Scottish Leaving Certificate Examination, 1961
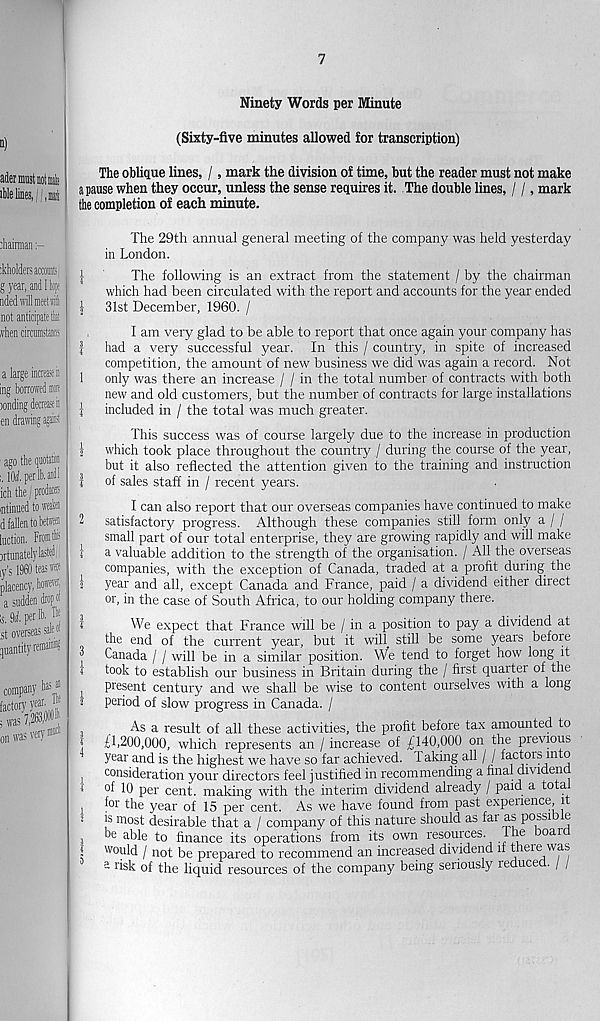
7
Ninety Words per Minute
(Sixty-five minutes allowed for transcription)
The oblique lines, /, mark the division of time, but the reader must not make
a pause when they occur, unless the sense requires it. The double lines, / /, mark
the completion of each minute.
The 29th annual general meeting of the company was held yesterday
in London.
The following is an extract from the statement / by the chairman
which had been circulated with the report and accounts for the year ended
\ 31st December, 1960. /
I am very glad to be able to report that once again your company has
I had a very successful year. In this / country, in spite of increased
competition, the amount of new business we did was again a record. Not
1 only was there an increase / / in the total number of contracts with both
new and old customers, but the number of contracts for large installations
i included in / the total was much greater.
This success was of course largely due to the increase in production
j which took place throughout the country / during the course of the year,
but it also reflected the attention given to the training and instruction
1 of sales staff in / recent years.
I can also report that our overseas companies have continued to make
2 satisfactory progress. Although these companies still form only a / /
small part of our total enterprise, they are growing rapidly and will make
1 a valuable addition to the strength of the organisation. / All the overseas
companies, with the exception of Canada, traded at a profit during the
? year and all, except Canada and France, paid / a dividend either direct
or, in the case of South Africa, to our holding company there.
J
We expect that France will be / in a position to pay a dividend at
the end of the current year, but it wifi still be some years before
2 Canada / / will be in a similar position. We tend to forget how long it
i took to establish our business in Britain during the / first quarter of the
j present century and we shall be wise to content ourselves with a long
i period of slow progress in Canada. /
As a result of all these activities, the profit before tax amounted to
J £1.200,000, which represents an / increase of £140,000 on the previous
year and is the highest we have so far achieved. 1 aking all / / fa.ctors into
! consideration your directors feel justified in recommending a final dividend
i of 10 per cent, making with the interim dividend already / paid a total
I l 01 ' the year of 15 per cent. As we have found from past experience, it
? is most desirable that a / company of this nature should as far as possible
, be able to finance its operations from its own resources, fhe oai
t would / not be prepared to recommend an increased dividend if there was
- risk of the liquid resources of the company being seriously i educe . / /